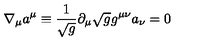
\nabla _ { \mu } a ^ { \mu } \equiv { \frac { 1 } { \sqrt g } } \partial _ { \mu } \sqrt g g ^ { \mu \nu } a _ { \nu } = 0